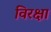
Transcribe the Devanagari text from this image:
विरक्षा